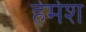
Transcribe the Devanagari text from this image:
हेमेश